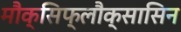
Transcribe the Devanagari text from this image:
मौक्सिफ्लौक्सासिन